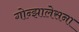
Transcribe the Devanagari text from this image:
गोन्झालेसना